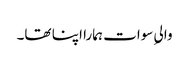
والیِ سوات ہمارا اپنا تھا۔